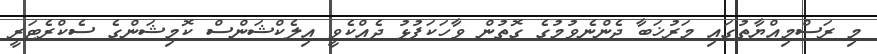
މި ރަސްމިއްޔާތުގައި މަރުޚަބާ ދެންނެވުމުގެ ގޮތުން ވާހަކަފުޅު ދެއްކެވީ އިލެކްޝަންސް ކޮމިޝަންގެ ސެކްރެޓަރީ